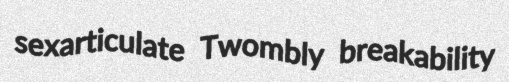
sexarticulate Twombly breakability